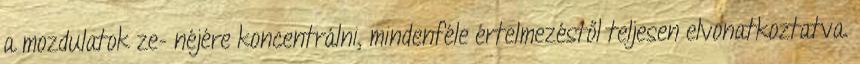
a mozdulatok ze- néjére koncentrálni, mindenféle értelmezéstől teljesen elvonatkoztatva.